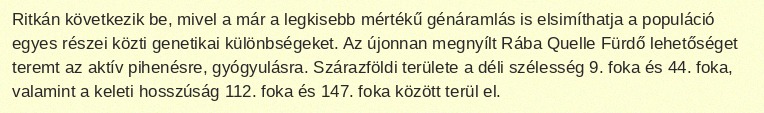
Ritkán következik be, mivel a már a legkisebb mértékű génáramlás is elsimíthatja a populáció egyes részei közti genetikai különbségeket. Az újonnan megnyílt Rába Quelle Fürdő lehetőséget teremt az aktív pihenésre, gyógyulásra. Szárazföldi területe a déli szélesség 9. foka és 44. foka, valamint a keleti hosszúság 112. foka és 147. foka között terül el.